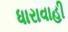
ધારાવાહી